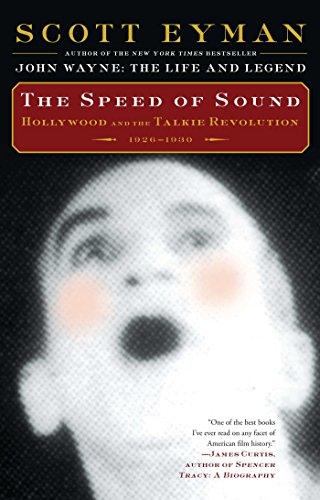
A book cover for The Speed of Sound: Hollywood and the Talkie Revolution 1926-1930; Scott Eyman; Humor & Entertainment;